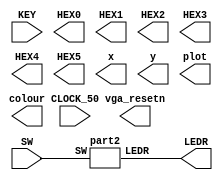
`timescale 1ns / 1ps
`default_nettype none

module main	(
	input wire CLOCK_50,            //On Board 50 MHz
	input wire [9:0] SW,            // On board Switches
	input wire [3:0] KEY,           // On board push buttons
	output wire [6:0] HEX0,         // HEX displays
	output wire [6:0] HEX1,         
	output wire [6:0] HEX2,         
	output wire [6:0] HEX3,         
	output wire [6:0] HEX4,         
	output wire [6:0] HEX5,         
	output wire [9:0] LEDR,         // LEDs
	output wire [7:0] x,            // VGA pixel coordinates
	output wire [6:0] y,
	output wire [2:0] colour,       // VGA pixel colour (0-7)
	output wire plot,               // Pixel drawn when this is pulsed
	output wire vga_resetn          // VGA resets to black when this is pulsed (NOT CURRENTLY AVAILABLE)
);    

	part2 p0(SW, LEDR);
	
endmodule


module part2(SW,LEDR);
		input [9:0]SW;
		output [9:0]LEDR;
		
		wire notS, w1, w2;
		
		v7404 u0(.pin1(SW[9]), .pin2(notS));
		v7408 u1(.pin1(SW[0]), .pin2(notS), .pin3(w1));
		v7408 u2(.pin4(notS), .pin5(SW[1]), .pin6(w2));
		v7432 u3(.pin1(w1), .pin2(w2), .pin3(LEDR[0]));
endmodule


module v7404 (input pin1, pin3, pin5, pin9, pin11, pin13,
				  output pin2, pin4, pin6, pin8, pin10, pin12);
		assign pin2 = ~pin1;
		assign pin4 = ~pin3;
		assign pin6 = ~pin5;
		assign pin8 = ~pin9;
		assign pin10 = ~pin11;
		assign pin12 = ~pin13;
endmodule

module v7408(input pin1, pin2, pin4, pin5, pin9, pin10, pin12, pin13,
				 output pin3, pin6, pin8, pin11);
		 assign pin3 = pin1 & pin2;
		 assign pin6 = pin4 & pin5;
		 assign pin8 = pin9 & pin10;
		 assign pin11 = pin12 & pin13;
endmodule

module v7432(input pin1, pin2, pin4, pin5, pin9, pin10, pin12, pin13,
				 output pin3, pin6, pin8, pin11);
		 assign pin3 = pin1 | pin2;
		 assign pin6 = pin4 | pin5;
		 assign pin8 = pin9 | pin10;
		 assign pin11 = pin12 | pin13;
endmodule